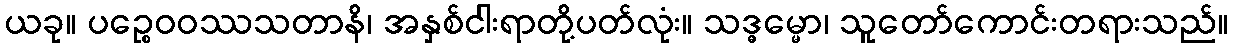
ယခု။ ပဉ္စေဝဝဿသတာနိ၊ အနှစ်ငါးရာတို့ပတ်လုံး။ သဒ္ဓမ္မော၊ သူတော်ကောင်းတရားသည်။